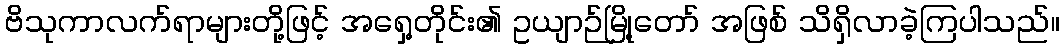
ဗိသုကာလက်ရာများတို့ဖြင့် အရှေ့တိုင်း၏ ဥယျာဉ်မြို့တော် အဖြစ် သိရှိလာခဲ့ကြပါသည်။